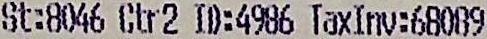
ST:8046 CTR2 ID:4986 TAXINV:68089